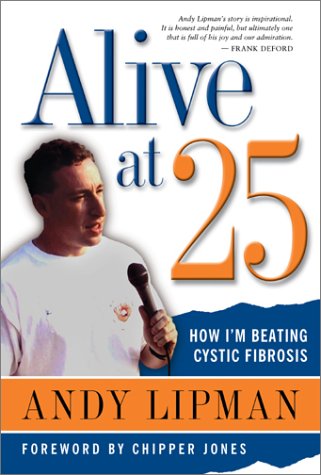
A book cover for Alive at 25: How I'm Beating Cystic Fibrosis (Understanding Health and Sickness Series); Andy Lipman; Health, Fitness & Dieting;